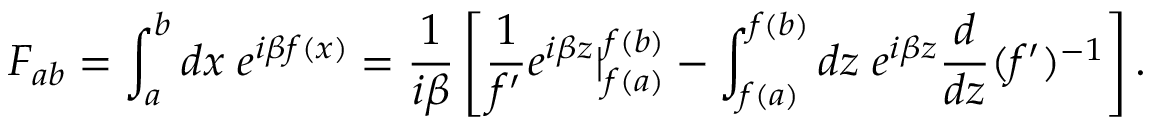
F _ { a b } = \int _ { a } ^ { b } d x \; e ^ { i \beta f ( x ) } = \frac { 1 } { i \beta } \left[ \frac { 1 } { f { ' } } e ^ { i \beta z } | _ { f ( a ) } ^ { f ( b ) } - \int _ { f ( a ) } ^ { f ( b ) } d z \; e ^ { i \beta z } \frac { d } { d z } ( f { ' } ) ^ { - 1 } \right] .